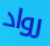
رواد